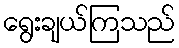
ရွေးချယ်ကြသည်